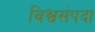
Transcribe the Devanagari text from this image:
विश्वसंपदा